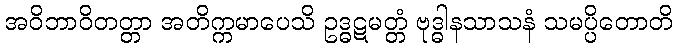
အဝိဘာဝိတတ္တာ အတိက္ကမာပေသိ ဥဒ္ဓဋမတ္တံ ဗုဒ္ဓါနသာသနံ သမပ္ပိတောတိ